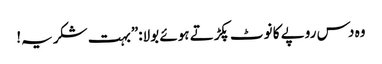
وہ دس روپے کا نوٹ پکڑتے ہوئے بولا:”بہت شکریہ!